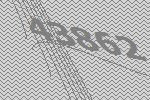
43862